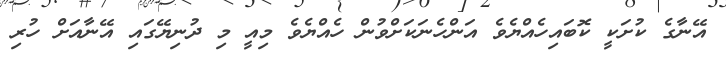
އޭނާގެ ކުށަކީ ކޮބައިހެއްޔެވެ އަންހެނަކަށްވުން ހެއްޔެވެ މިއީ މި ދުނިޔޭގައި އޭނާއަށް ހުރި